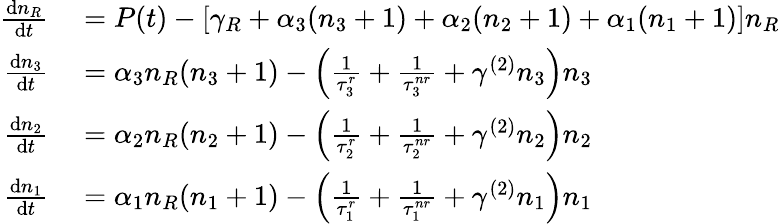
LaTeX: \begin{array}{rl}{\frac{\mathrm{d}n_{R}}{\mathrm{d}t}}&{{}=P(t)-\left[\gamma_{R}+\alpha_{3}(n_{3}+1)+\alpha_{2}(n_{2}+1)+\alpha_{1}(n_{1}+1)\right]n_{R}}\\ {\frac{\mathrm{d}n_{3}}{\mathrm{d}t}}&{{}=\alpha_{3}n_{R}(n_{3}+1)-\left(\frac{1}{\tau_{3}^{r}}+\frac{1}{\tau_{3}^{nr}}+\gamma^{(2)}n_{3}\right)n_{3}}\\ {\frac{\mathrm{d}n_{2}}{\mathrm{d}t}}&{{}=\alpha_{2}n_{R}(n_{2}+1)-\left(\frac{1}{\tau_{2}^{r}}+\frac{1}{\tau_{2}^{nr}}+\gamma^{(2)}n_{2}\right)n_{2}}\\ {\frac{\mathrm{d}n_{1}}{\mathrm{d}t}}&{{}=\alpha_{1}n_{R}(n_{1}+1)-\left(\frac{1}{\tau_{1}^{r}}+\frac{1}{\tau_{1}^{nr}}+\gamma^{(2)}n_{1}\right)n_{1}}\end{array}